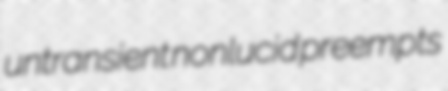
untransient nonlucid preempts